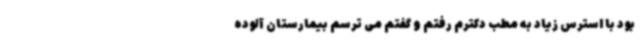
بود با استرس زیاد به مطب دکترم رفتم و گفتم می ترسم بیمارستان آلوده